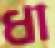
ধা